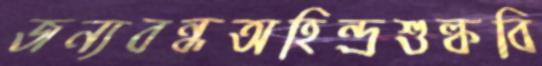
জন্যবন্ধঅহিন্দ্রশুল্কবি